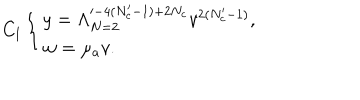
C _ { \mathrm { I } } \left\{ \begin{array} { l } { { y = \Lambda _ { N = 2 } ^ { \prime - 4 ( N _ { c } ^ { \prime } - 1 ) + 2 N _ { c } } v ^ { 2 ( N _ { c } ^ { \prime } - 1 ) } , } } \\ { { w = \mu _ { a } v . } } \\ \end{array} \right.